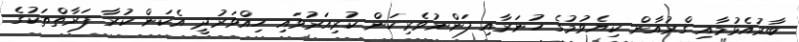
ބާރުއެޅުމާއި ގްރުއާން ކިޔެވުމުގެ ހުނަރާއި ފަންނުވެރިކަން ކުރިއަރުވައި ހިއްވަރުދީ އެކަން ކުރާ ފަރާތްތަކުގެ